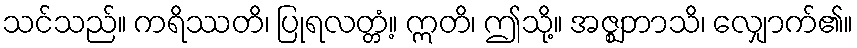
သင်သည်။ ကရိဿတိ၊ ပြုရလတ္တံ့။ ဣတိ၊ ဤသို့။ အဇ္ဈဘာသိ၊ လျှောက်၏။